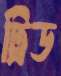
ট্রিড